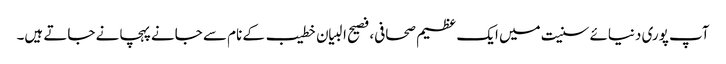
آپ پوری دنیائے سنیت میں ایک عظیم صحافی، فصیح البیان خطیب کے نام سے جانےپہچانے جاتے ہیں۔